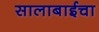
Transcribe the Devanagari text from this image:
सालाबाईचा